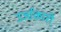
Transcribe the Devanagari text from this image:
उर्जाकारी